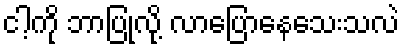
ငါ့ကို ဘာပြုလို့ လာပြောနေသေးသလဲ